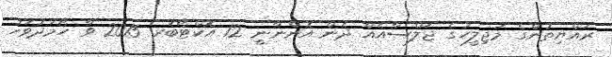
ރައްޔިތުންގެ މަޖިލީހުގެ ޖަލްސާއެއް ދެން އޮންނާނީ 12 އޮކްޓޯބަރ 2015 ވާ ހޯމަދުވަހު